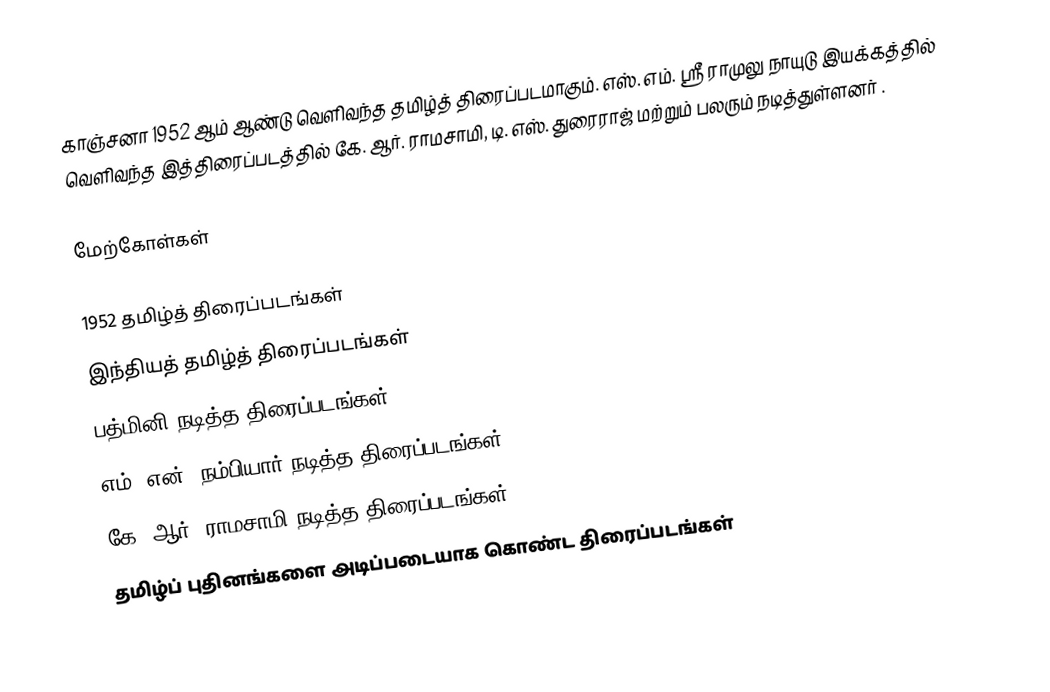
காஞ்சனா 1952 ஆம் ஆண்டு வெளிவந்த தமிழ்த் திரைப்படமாகும். எஸ். எம். ஸ்ரீ ராமுலு நாயுடு இயக்கத்தில் வெளிவந்த இத்திரைப்படத்தில் கே. ஆர். ராமசாமி, டி. எஸ். துரைராஜ் மற்றும் பலரும் நடித்துள்ளனர் .

மேற்கோள்கள்

1952 தமிழ்த் திரைப்படங்கள்
இந்தியத் தமிழ்த் திரைப்படங்கள்
பத்மினி நடித்த திரைப்படங்கள்
எம். என். நம்பியார் நடித்த திரைப்படங்கள்
கே. ஆர். ராமசாமி நடித்த திரைப்படங்கள்
தமிழ்ப் புதினங்களை அடிப்படையாக கொண்ட திரைப்படங்கள்